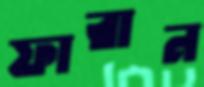
ফারান